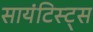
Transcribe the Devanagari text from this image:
सायंटिस्ट्स